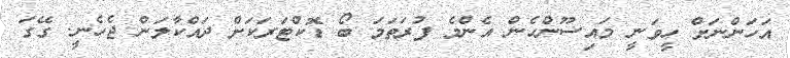
އަހަންނަށް ހީވަނީ މައިސޫންހެން އެންމެ ފުރަތަމަ ބޯ ޑޮކްޓަރަކަށް ދައްކާލަން ޖެހެނީ. ގޭގަ